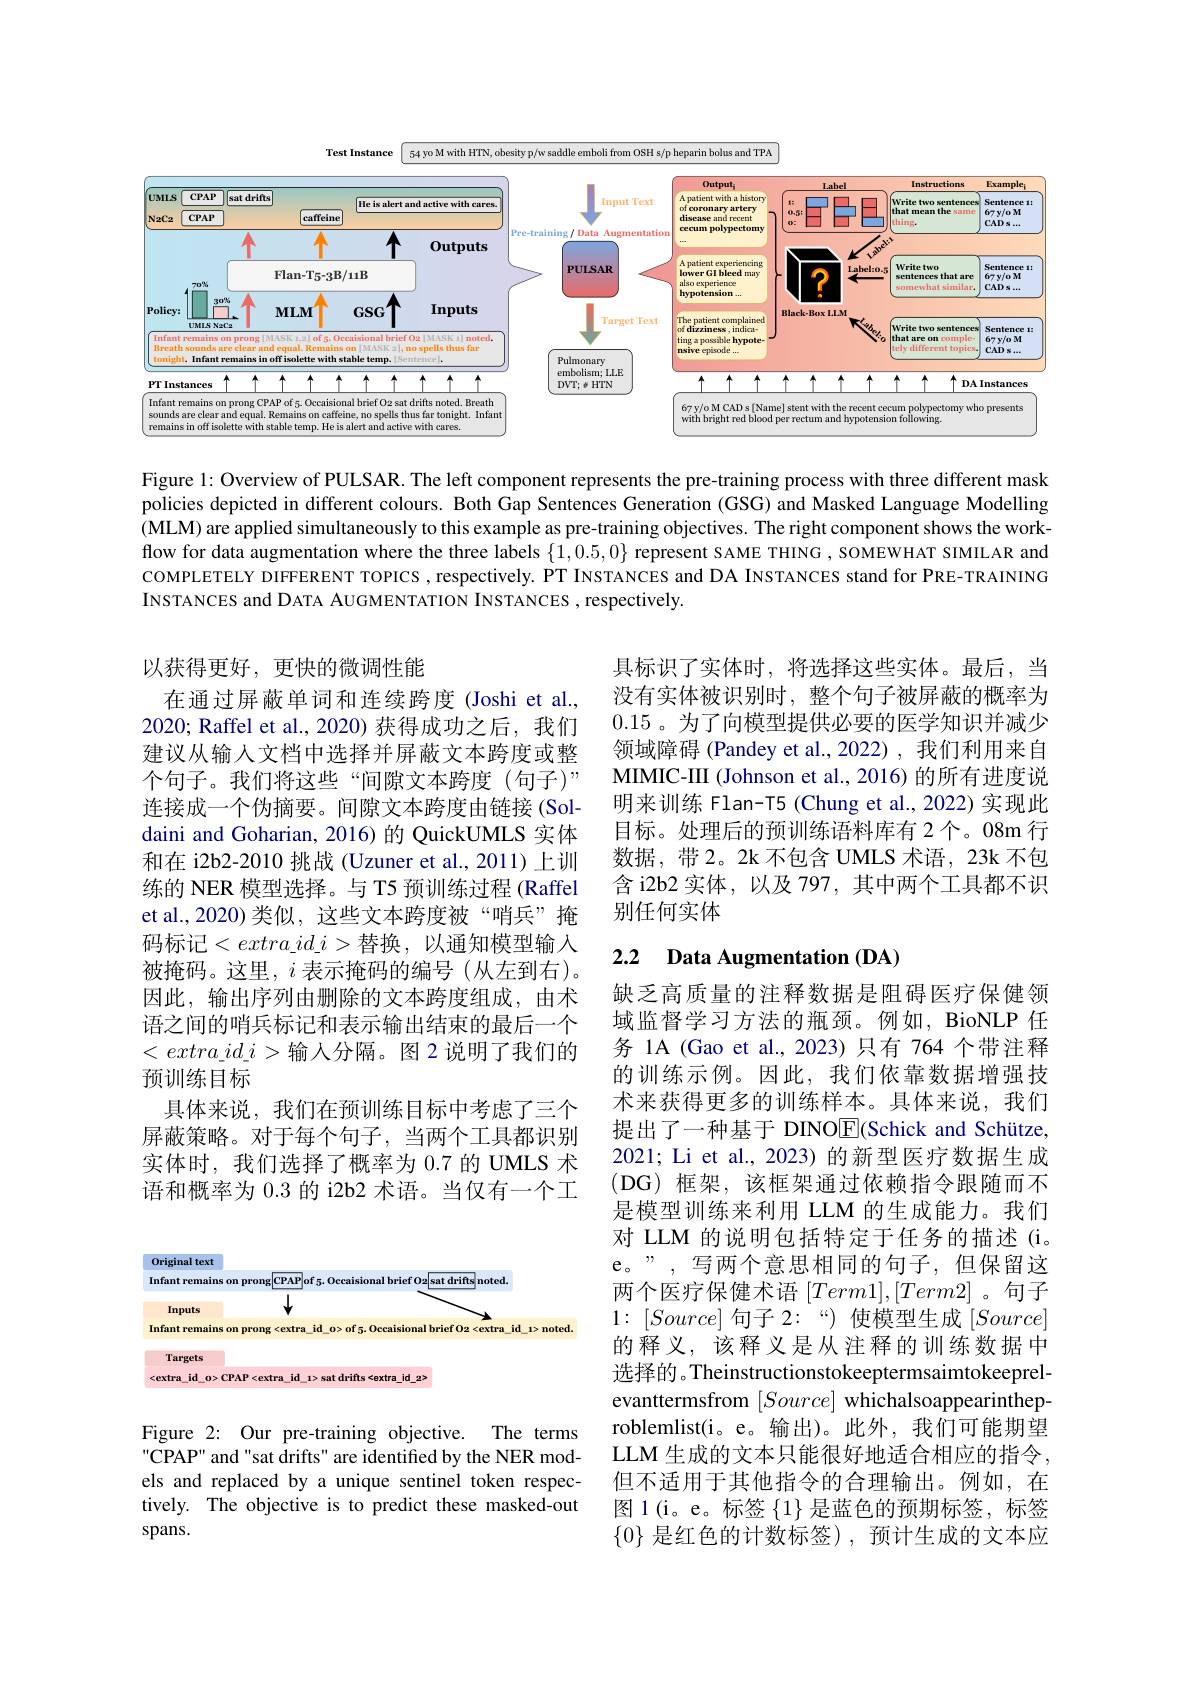
<FigureHere>

Figure 1: Overview of PULSAR. The left component represents the pre-training process with three different mask policies depicted in different colours. Both Gap Sentences Generation (GSG) and Masked Language Modelling (MLM) are applied simultaneously to this example as pre-training objectives. The right component shows the workflow for data augmentation where the three labels $\{1,0.5,0\}$ represent SAME THING , SOMEWHAT SIMILAR and COMPLETELY DIFFERENT TOPICS , respectively. PT INSTANCES and DA INSTANCES stand for PRE-TRAINING INSTANCES and DATA AUGMENTATION INSTANCES , respectively.

具标识了实体时，将选择这些实体。最后，当没有实体被识别时，整个句子被屏蔽的概率为0.15 。为了向模型提供必要的医学知识并减少领域障碍 (Pandey et al.,2022),我们利用来自MIMIC-III (Johnson et al., 2016) 的所有进度说明来训练 Flan-T5 (Chung et al., 2022) 实现此目标。处理后的预训练语料库有 2个。08m 行数据，带2。2k 不包含 UMLS 术语，23k 不包含 i2b2 实体，以及 797,其中两个工具都不识别任何实体

以获得更好，更快的微调性能
在通过屏蔽单词和连续跨度 (Joshi et al., 2020; Raffel et al.,2020) 获得成功之后，我们建议从输入文档中选择并屏蔽文本跨度或整个句子。我们将这些“间隙文本跨度(句子)” 连接成一个伪摘要。间隙文本跨度由链接(Soldaini and Goharian, 2016) 的 QuickUMLS 实体和在 i2b2-2010 挑战 (Uzuner et al.,2011)上训练的 NER 模型选择。与 T5 预训练过程 (Raffel et al.,2020)类似，这些文本跨度被“哨兵”掩码标记$<extra\_id\_i>$替换，以通知模型输入被掩码。这里，$i$表示掩码的编号(从左到右)。因此，输出序列由删除的文本跨度组成，由术语之间的哨兵标记和表示输出结束的最后一个$<extra\_id\_i>$输入分隔。图 2 说明了我们的预训练目标
具体来说，我们在预训练目标中考虑了三个屏蔽策略。对于每个句子，当两个工具都识别实体时，我们选择了概率为 0.7 的 UMLS 术语和概率为 0.3 的 i2b2 术语。当仅有一个工

## 2.2 Data Augmentation (DA)

缺乏高质量的注释数据是阻碍医疗保健领域监督学习方法的瓶颈。例如，BioNLP 任务 1A (Gao et al.,2023)只有 764 个带注释的训练示例。因此，我们依靠数据增强技术来获得更多的训练样本。具体来说，我们提出了一种基于 DINOE(Schick and Schütze, 2021; Li et al., 2023) 的新型医疗数据生成(DG) 框架，该框架通过依赖指令跟随而不是模型训练来利用 LLM 的生成能力。我们对 LLM 的说明包括特定于任务的描述(i。e。”,写两个意思相同的句子，但保留这两个医疗保健术语$[Term1],[Term2]$ 。句子$1\colon[Source]$句子 2:“) 使模型生成$[Source]$ 的释义，该释义是从注释的训练数据中选择的。Theinstructionstokeeptermsaimtokeeprelevanttermsfrom $[Source]$ whichalsoappearintheproblemlist(i。e。输出)。此外，我们可能期望LLM 生成的文本只能很好地适合相应的指令， 但不适用于其他指令的合理输出。例如，在图 1(i。e。标签{1})是蓝色的预期标签，标签$\{0\}$是红色的计数标签),预计生成的文本应

<FigureHere>

Figure 2: Our pre-training objective. The terms CPAP" and "sat drifts" are identified by the NER models and replaced by a unique sentinel token respectively. The objective is to predict these masked-out spans.